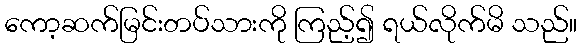
ကော့ဆက်မြင်းတပ်သားကို ကြည့်၍ ရယ်လိုက်မိ သည်။